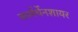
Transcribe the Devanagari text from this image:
कार्मर्थेनशायर